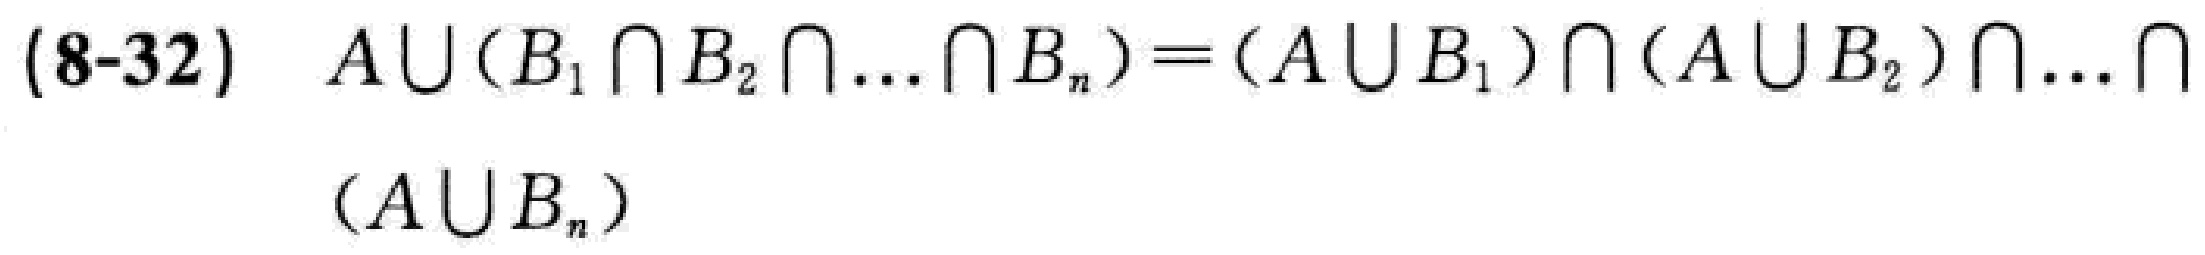
(8-32) \(A\cup(B_1\cap B_2\cap\ldots\cap B_n)=(A\cup B_1)\cap(A\cup B_2)\cap\ldots\cap(A\cup B_n)\)